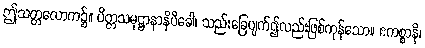
ဤသတ္တလောက၌။ ပိတ္တသမုဋ္ဌာနာနိပိခေါ၊ သည်းခြေပျက်၍လည်းဖြစ်ကုန်သော။ ဧကစ္စာနိ၊